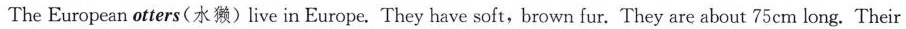
The European otters(水獭)live in Europe. They have soft,brown fur. They are about 75cm long. Their